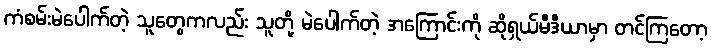
ကံစမ်းမဲပေါက်တဲ့ သူတွေကလည်း သူတို့ မဲပေါက်တဲ့ အကြောင်းကို ဆိုရှယ်မီဒီယာမှာ တင်ကြတော့